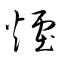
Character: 煙